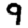
Digit: 9